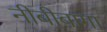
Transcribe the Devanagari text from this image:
नीबीबागा